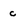
Character: c